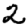
Digit: 2